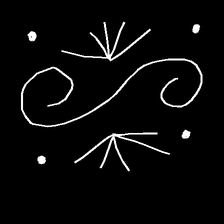
Glyph: aeroform